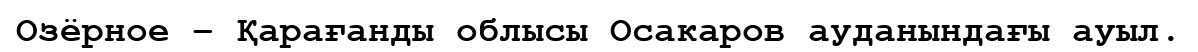
Озёрное – Қарағанды облысы Осакаров ауданындағы ауыл.